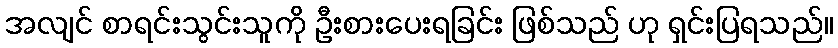
အလျင် စာရင်းသွင်းသူကို ဦးစားပေးရခြင်း ဖြစ်သည် ဟု ရှင်းပြရသည်။